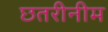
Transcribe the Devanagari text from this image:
छतरीनीम